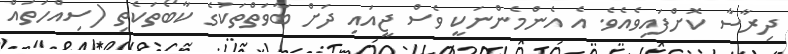
ދިރާސާ ކޮށްފައިވެއެވެ. އެ އެންމެންނަކީ ވެސް ޖީއައި ދަށް ބާވަތްތަކުގެ ކާބޯތަކެތި (ސިއްހަތައް